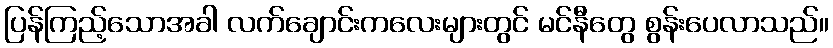
ပြန်ကြည့်သောအခါ လက်ချောင်းကလေးများတွင် မင်နီတွေ စွန်းပေလာသည်။